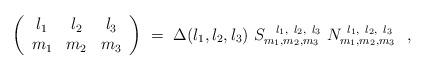
LaTeX: \begin{align*}\left(\begin{array}[c]{ccc}l_{1} & l_{2} & l_{3}\\m_{1} & m_{2} & m_{3}\end{array}\right) \ =\ \Delta(l_{1},l_{2},l_{3})\ S_{m_{1},m_{2},m_{3}}^{\ \ l_{1},\ l_{2},\ l_{3}}\ N_{m_{1},m_{2},m_{3}}^{\ l_{1},\ l_{2},\ l_{3}}\ \ , \end{align*}